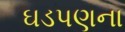
ઘડપણના